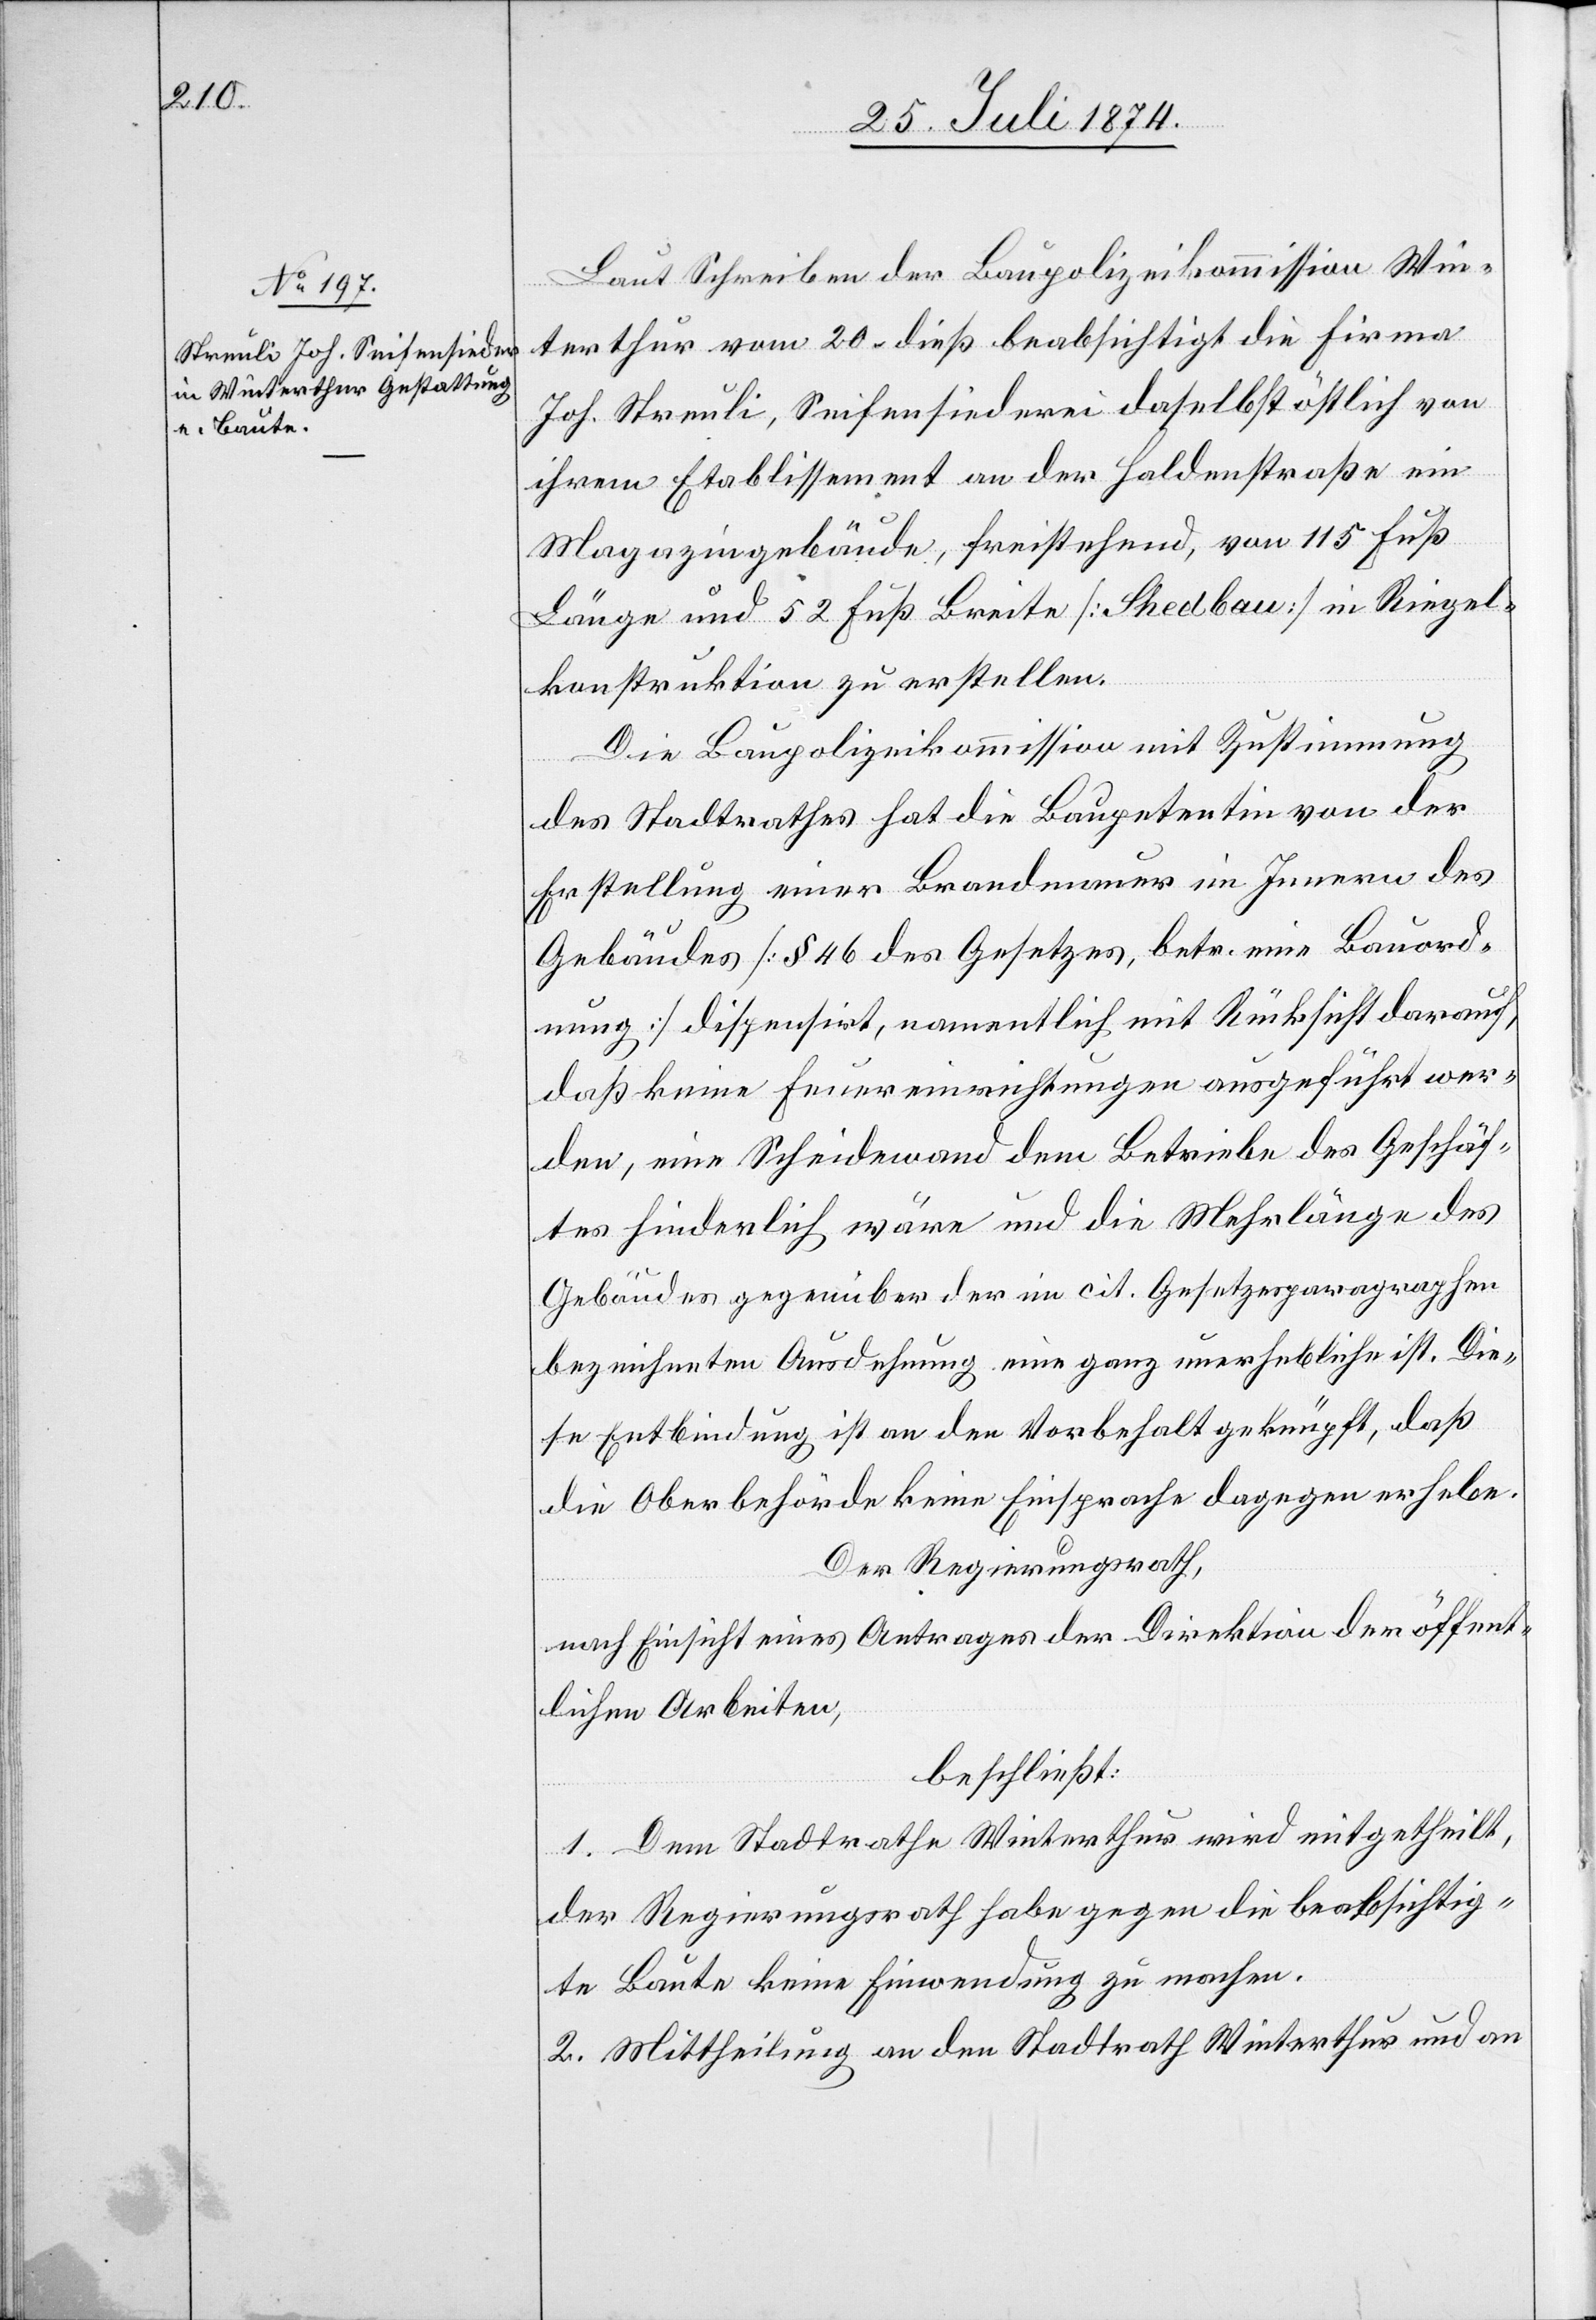
Laut Schreiben der Baupolizeikommission Win¬
terthur vom 20. dieß beabsichtigt die Firma
Joh. Streuli, Seifensiederei daselbst östlich von
ihrem Etablissement an der Haldenstraße ein
Magazingebäude, freistehend, von 115 Fuß
Länge und 52 Fuß Breite [Shedbau] in Riegel¬
konstruktion zu erstellen.
Die Baupolizeikommission mit Zustimmung
des Stadtrathes hat die Baupetentin von der
Erstellung einer Brandmauer im Innern des
Gebäudes [§ 46 des Gesetzes, betr. eine Bauord¬
nung] dispensirt, namentlich mit Rücksicht darauf,
daß keine Feuereinrichtungen ausgeführt wer¬
den, eine Scheidewand dem Betriebe des Geschäf¬
tes hinderlich wäre und die Mehrlänge des
Gebäudes gegenüber der im cit. Gesetzesparagraphen
bezeichneten Ausdehnung eine ganz unerhebliche ist. Die¬
se Entbindung ist an den Vorbehalt geknüpft, daß
die Oberbehörde keine Einsprache dagegen erhebe.
Der Regierungsrath,
nach Einsicht eines Antrages der Direktion der öffent¬
lichen Arbeiten,
beschließt:
1. Dem Stadtrathe Winterthur wird mitgehteilt,
der Regierungsrath habe gegen die beabsichtig¬
te Baute keine Einwendung zu machen.
2. Mittheilung an den Stadtrath Winterthur und an